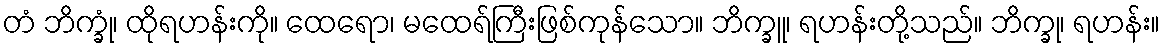
တံ ဘိက္ခုံ၊ ထိုရဟန်းကို။ ထေရော၊ မထေရ်ကြီးဖြစ်ကုန်သော။ ဘိက္ခူ၊ ရဟန်းတို့သည်။ ဘိက္ခု၊ ရဟန်း။